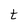
Character: t